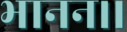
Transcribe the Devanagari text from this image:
भानन।।